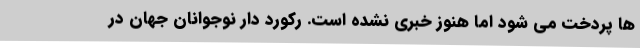
ها پردخت می شود اما هنوز خبری نشده است. رکورد دار نوجوانان جهان در